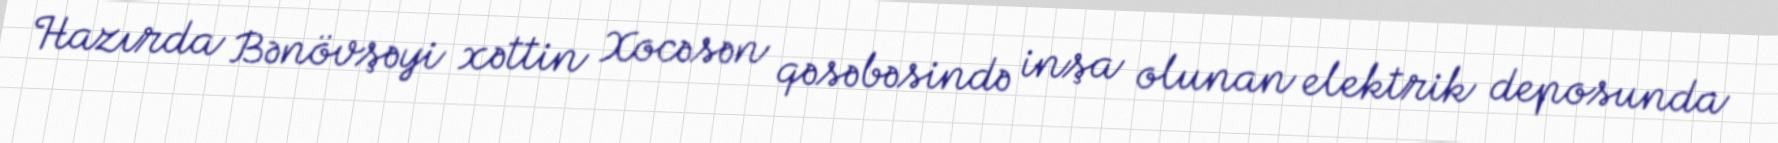
Hazırda Bənövşəyi xəttin Xocəsən qəsəbəsində inşa olunan elektrik deposunda